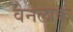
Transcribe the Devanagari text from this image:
वेनलाक